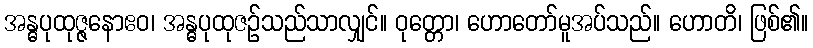
အန္ဓပုထုဇ္ဇနောဧဝ၊ အန္ဓပုထုဇဉ်သည်သာလျှင်။ ဝုတ္တော၊ ဟောတော်မူအပ်သည်။ ဟောတိ၊ ဖြစ်၏။